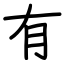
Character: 有